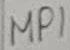
Text: MP1